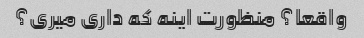
واقعا؟ منظورت اینه که داری میری؟